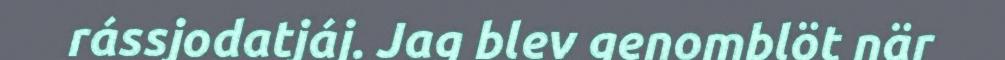
rássjodatjáj. Jag blev genomblöt när